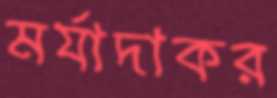
মর্যাদাকর